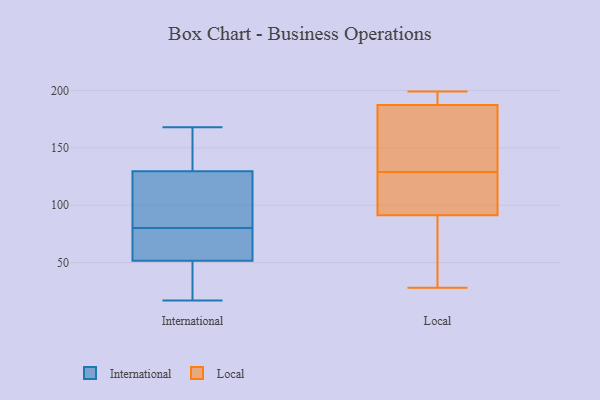
{"axis": {"x": "Population (Million)", "y": "Value"}, "legend": ["International", "Local"], "data": [{"x": "", "y": 50, "type": "International"}, {"x": "", "y": 86, "type": "International"}, {"x": "", "y": 17, "type": "International"}, {"x": "", "y": 53, "type": "International"}, {"x": "", "y": 69, "type": "International"}, {"x": "", "y": 109, "type": "International"}, {"x": "", "y": 142, "type": "International"}, {"x": "", "y": 141, "type": "International"}, {"x": "", "y": 33, "type": "International"}, {"x": "", "y": 118, "type": "International"}, {"x": "", "y": 168, "type": "International"}, {"x": "", "y": 74, "type": "International"}, {"x": "", "y": 199, "type": "Local"}, {"x": "", "y": 197, "type": "Local"}, {"x": "", "y": 109, "type": "Local"}, {"x": "", "y": 47, "type": "Local"}, {"x": "", "y": 92, "type": "Local"}, {"x": "", "y": 89, "type": "Local"}, {"x": "", "y": 127, "type": "Local"}, {"x": "", "y": 158, "type": "Local"}, {"x": "", "y": 71, "type": "Local"}, {"x": "", "y": 28, "type": "Local"}, {"x": "", "y": 188, "type": "Local"}, {"x": "", "y": 147, "type": "Local"}, {"x": "", "y": 162, "type": "Local"}, {"x": "", "y": 187, "type": "Local"}, {"x": "", "y": 114, "type": "Local"}, {"x": "", "y": 129, "type": "Local"}, {"x": "", "y": 193, "type": "Local"}]}